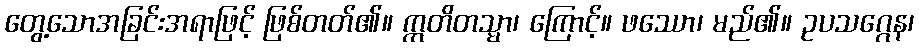
တွေ့သောအခြင်းအရာဖြင့် ဖြစ်တတ်၏။ ဣတိတသ္မာ၊ ကြောင့်။ ဖဿော၊ မည်၏။ ဥပသဂ္ဂေန၊